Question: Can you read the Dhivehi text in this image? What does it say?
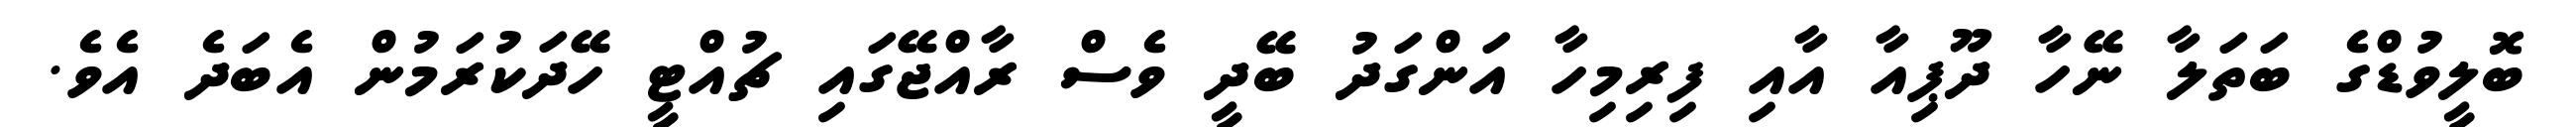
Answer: ބޮލީވުޑްގެ ބަތަލާ ނޭހާ ދޫޕިއާ އާއި ފިރިމިހާ އަންގަދު ބޭދީ ވެސް ރާއްޖޭގައި ޗުއްޓީ ހޭދަކުރަމުން އެބަދެ އެވެ.